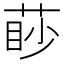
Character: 𦳥